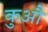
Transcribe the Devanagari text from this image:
कुऔ